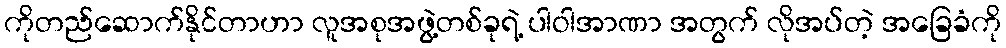
ကိုတည်ဆောက်နိုင်တာဟာ လူအစုအဖွဲ့တစ်ခုရဲ့ ပါဝါအာဏာ အတွက် လိုအပ်တဲ့ အခြေခံကို